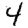
Digit: 4